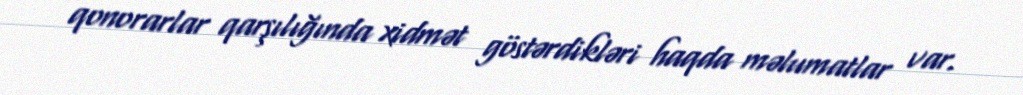
qonorarlar qarşılığında xidmət göstərdikləri haqda məlumatlar var.